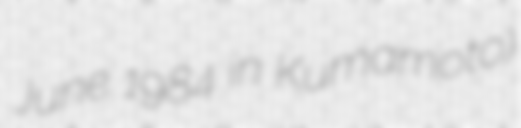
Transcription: June 1984 in Kumamoto)